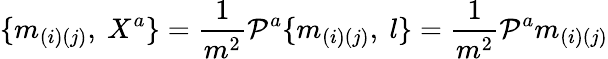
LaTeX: \{ m_{(i)(j)},\ X^{a}\} ={\frac{1}{m^{2}}}{\cal P}^{a}\{ m_{(i)(j)},\ l\} ={\frac{1}{m^{2}}}{\cal P}^{a}m_{(i)(j)}